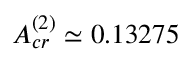
A _ { c r } ^ { ( 2 ) } \simeq 0 . 1 3 2 7 5